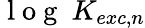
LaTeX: \mathrm{~l~o~g~}~K_{exc,n}